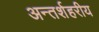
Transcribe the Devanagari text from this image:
अन्तर्शहरीय